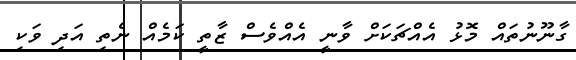
ގާނޫނުތައް މޮޅު އެއްޗަކަށް ވާނީ އެއްވެސް ޒާތީ ކަމެއް ނެތި އަދި ވަކި